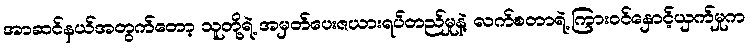
အာဆင်နယ်အတွက်တော့ သူတို့ရဲ့ အမှတ်ပေးဇယားရပ်တည်မှုနဲ့ လက်စတာရဲ့ ကြားဝင်နှောင့်ယှက်မှုက